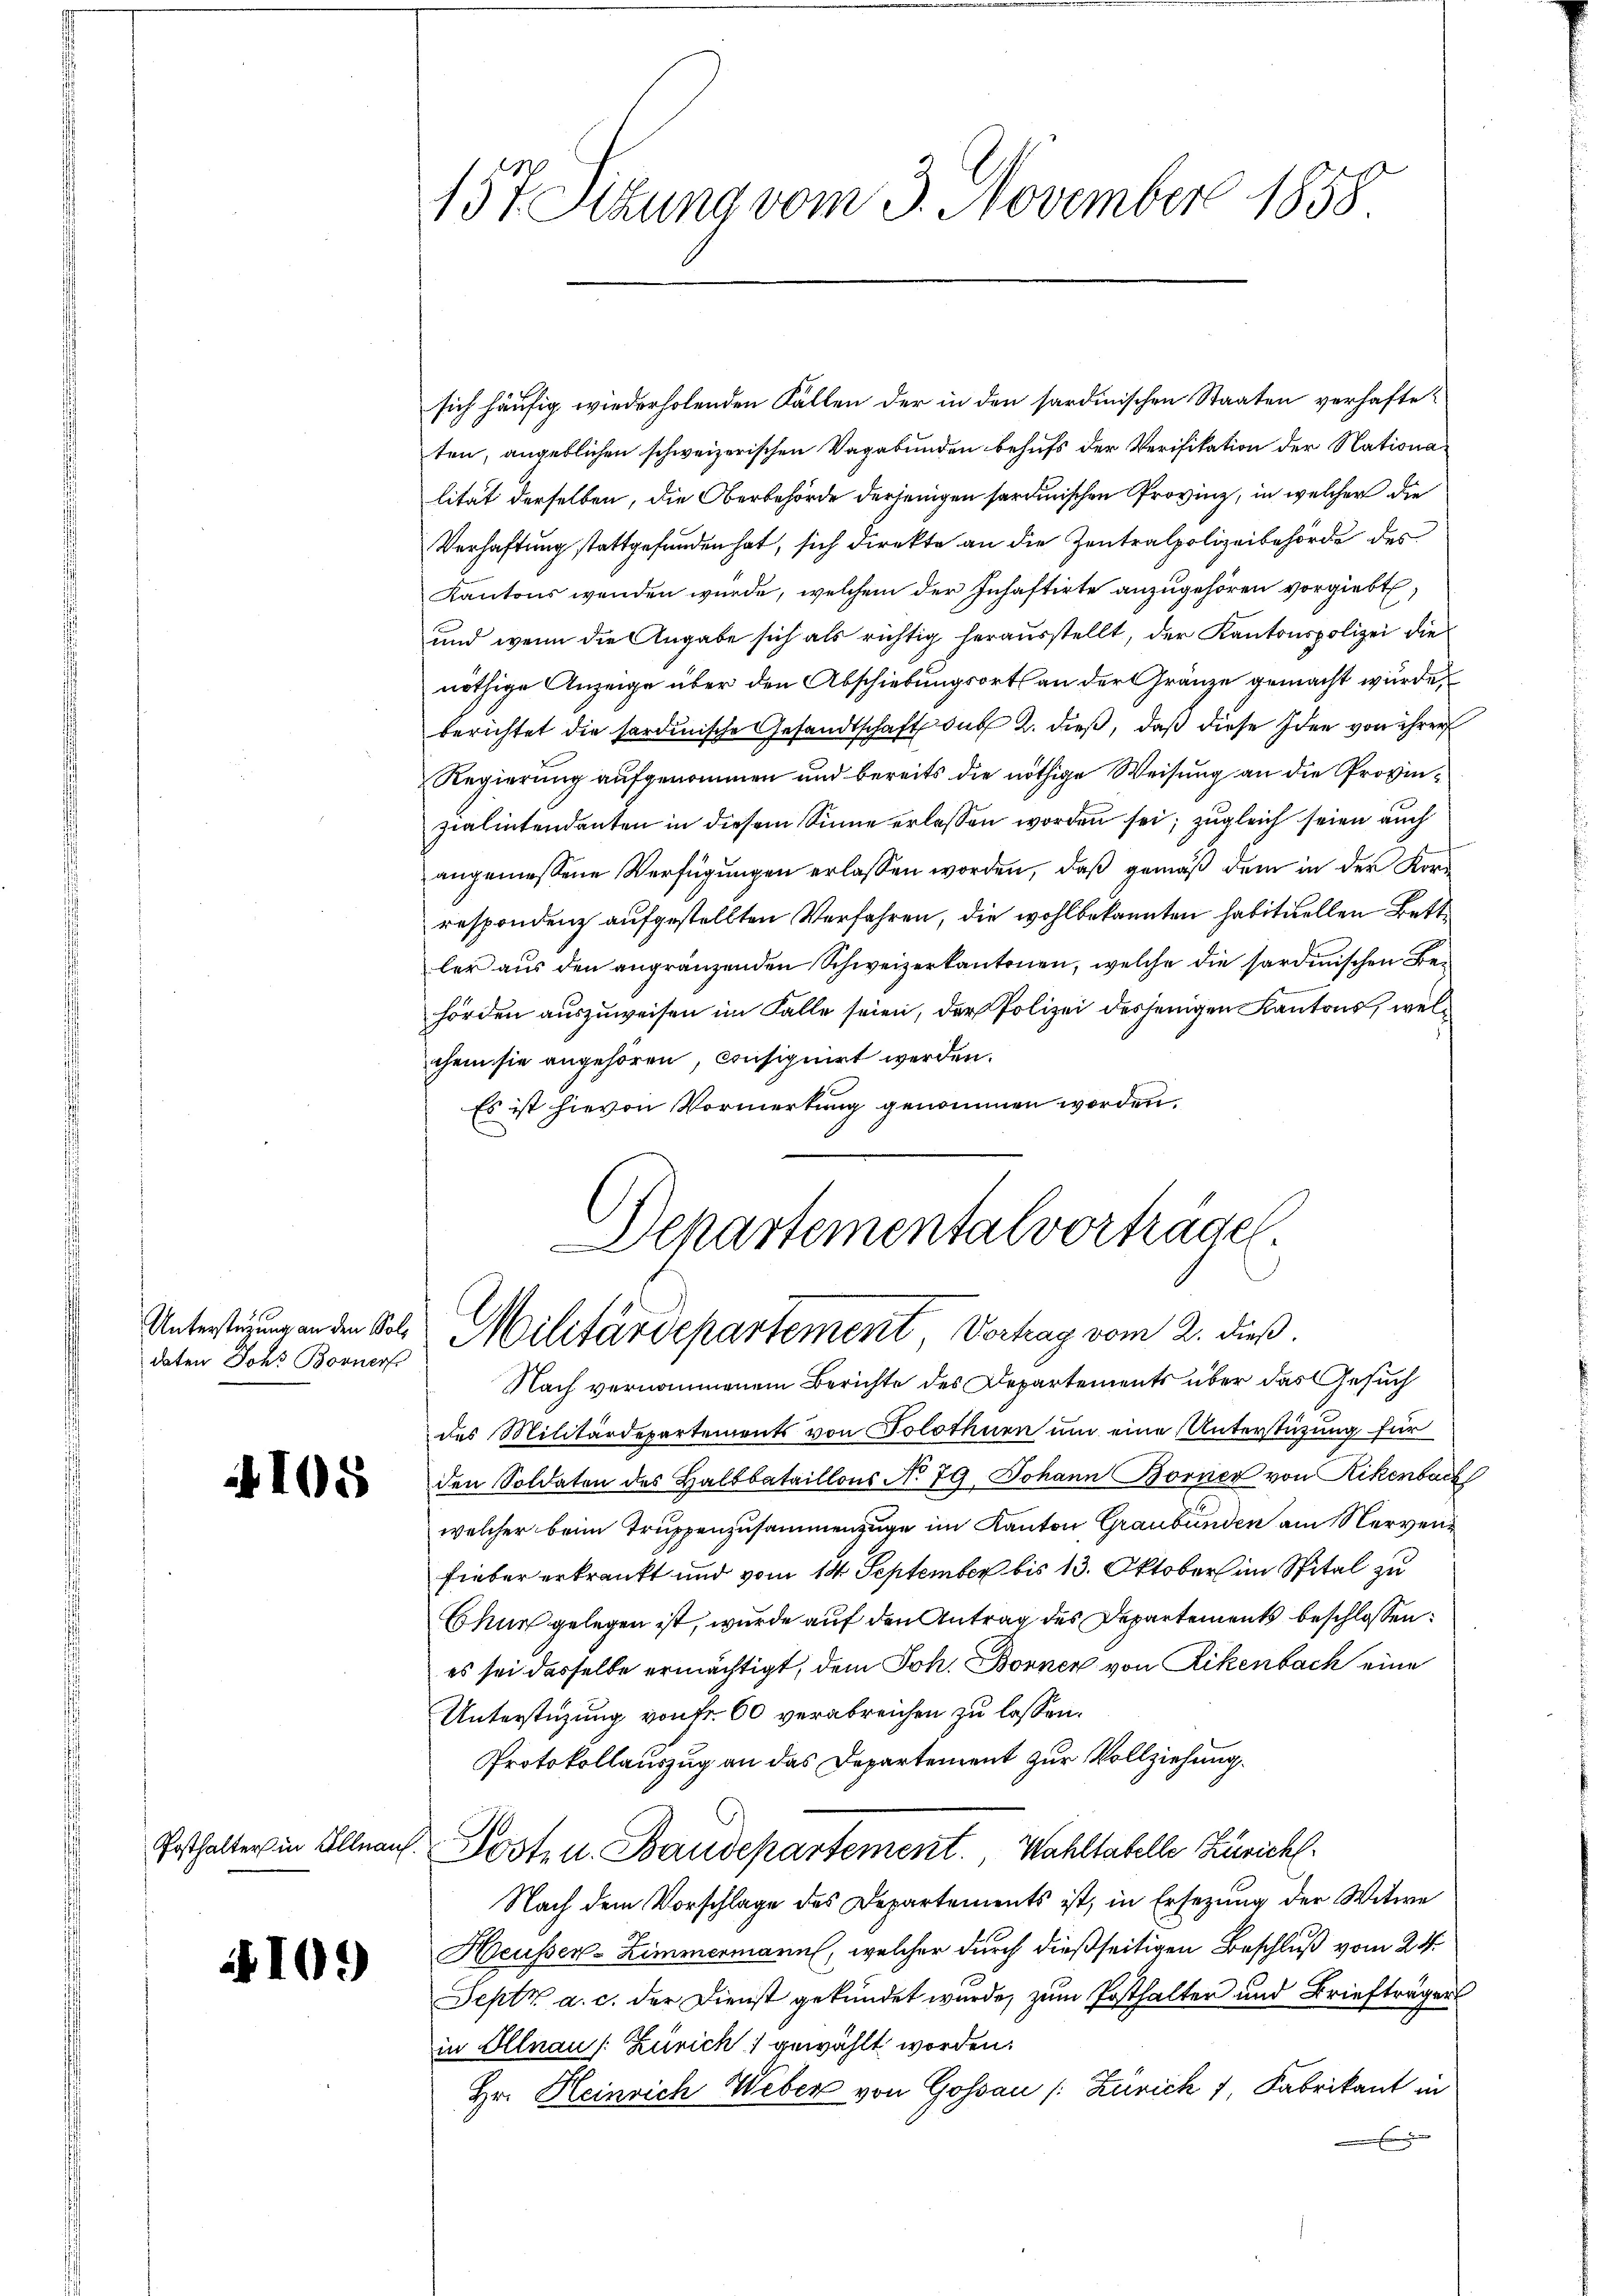
daten Joh. Borner

105

10.)

157 Sizung vom 3. November 1858

sich häufig wiederholenden Fällen der in den sardinischen Staaten verhafteten, angeblichen schweizerischen Vagabunden behufs der Verifikation der Nationa
lität derselben, die Oberbehörde derjenigen sardinischen Provinz, in welcher die
Verhaftung stattgefunden hat, sich direkte an die Zentralpolizeibehörde des
Kantons wenden wurde, welchem der Inhaftirte anzugehören vorgiebt,
und wenn die Angabe sich als richtig herausstellt, der Kantonspolizei die
nöthige Anzeige über den Abschiebungsort an der Gränze gemacht wurde,
berichtet die sardinische Gesandtschaft der 2. dieß, daß diese Idee von ihrer
Regierung aufgenommen und bereits die nöthige Weisung an die Provinzialintendanten in diesem Sinne erlassen worden sei; zugleich seien auch
angemessene Verfügungen erlassen worden, daß gemäß dem in der Korrespondenz aufgestellten Verfahren, die wohl bekannten habituellen Bett
ler aus den angränzenden Schweizerkantonen, welche die sardinischen Behörden auszuweisen im Falle seien, der Polizei desjenigen Kantons, welchem sie angehören, consignirt werden.
Es ist hievon Vormerkung genommen worden.

Departementalvorträge.
Untertigung an den Kot. Militärdepartement, Vertrag vom 2. dieß.

Nach vernommenem Berichte des Departements über das Gesuch
des Militärdepartements von Solothurn um eine Unterstüzung für
den Soldaten des Haltbataillons No 79. Johann Borner von Rikenbach
welcher beim Truppenzusammenzuge im Kanton Graubünden am Nervenfieber erkrankt und vom 14 September bis 13. Oktober im Spital zu
Chur gelegen ist, wurde auf den Antrag des Departements beschlossen:
es sei dasselbe ermächtigt, dem Joh. Bonnen von Rikenbach eine
Unterstüzung von Fr. 60 verabreichen zu lassen.
Protokollauszug an das Departement zur Vollziehung.
Posthalter in Illnauf Kosten Baudepartement. Wahltabelle Zürich
Nach dem Vorschlage des Departements ist, in Ersezung der Witwe
Heusser-Zimmermann, welcher durch dießseitigen Beschluß vom 24.
Sept. a. c. der Dienst gekündet wurde, zum Posthalter und Briefträger
in Illnau (: Zürich gewählt worden.
Hr. Heinrich Weber von Gossau /: Zürich 1, Fabrikant in
x